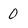
Character: 0